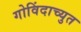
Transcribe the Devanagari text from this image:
गोविंदाच्युत